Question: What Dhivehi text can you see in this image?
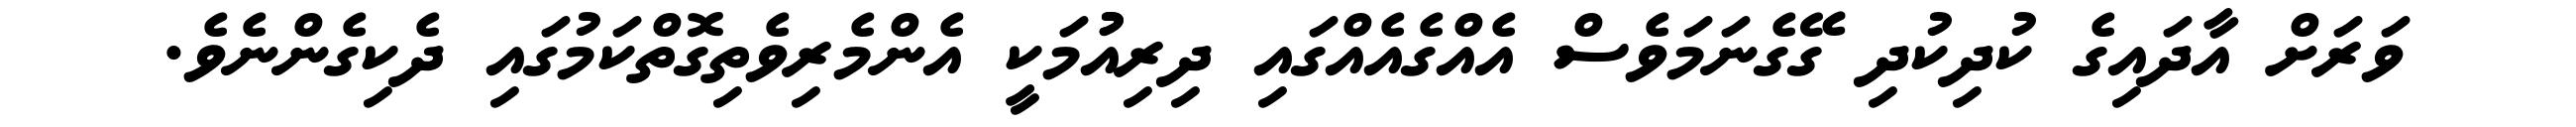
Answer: ވަރަށް އާދައިގެ ކުދިކުދި ގޭގެނަމަވެސް އެއްގެއެއްގައި ދިރިއުުމަކީ އެންމެރިވެތިގޮތްކަމުގައި ދެކިގެންނެވެ.